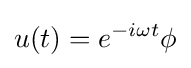
u(t)=e^{-i\omega t}\phi